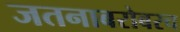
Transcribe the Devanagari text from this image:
जतनाबरोबरच